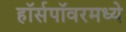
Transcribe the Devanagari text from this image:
हॉर्सपॉवरमध्ये